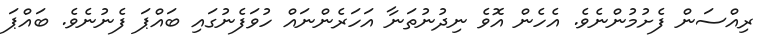
ރިއްސަން ފެށުމުންނެވެ. އެހެން އޮވެ ނިދުނުތަނާ އަހަރެންނައް ހުވަފެނުގައި ބައްޕަ ފެނުނެވެ. ބައްޕަ